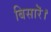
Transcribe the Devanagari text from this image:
बिसारॆ।